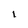
Character: I